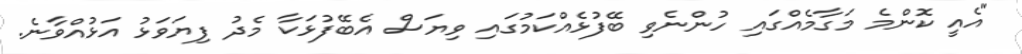
"އެއީ ކޮންމެ މަގާމެއްގައި ހުންނެވި ބޭފުޅެއްކަމުގައި ވިޔަސް އެބޭފުޅަކާ މެދު ފިޔަވަޅު އަޅުއްވާނެ.